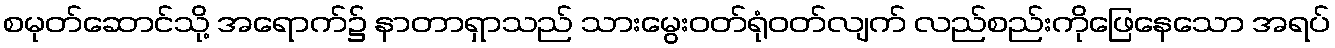
စမုတ်ဆောင်သို့ အရောက်၌ နာတာရှာသည် သားမွေးဝတ်ရုံဝတ်လျက် လည်စည်းကိုဖြေနေသော အရပ်